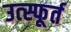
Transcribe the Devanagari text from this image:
उत्‍स्फूर्त